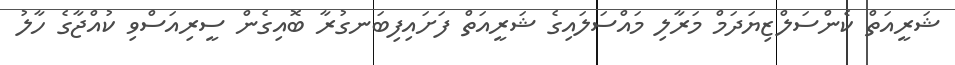
ޝަރީއަތް ކެންސަލްޒިޔަދަމް މަރާލި މައްސަލައިގެ ޝަރީއަތް ފަށައިފިބަނގުރާ ބޮއިގެން ސީރިއަސްވި ކުއްޖާގެ ހާލު